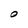
Character: O